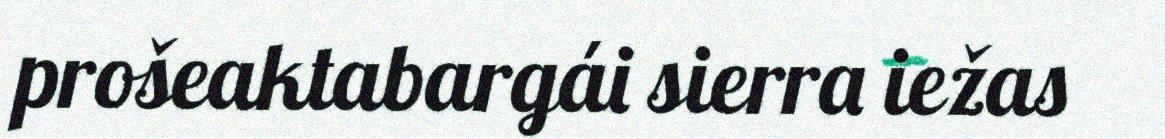
prošeaktabargái sierra iežas